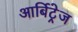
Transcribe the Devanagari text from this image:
आर्बिट्रेज